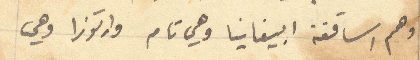
وهم اساقفة ابيفانيا وهي تامر وارتوزا وهي